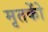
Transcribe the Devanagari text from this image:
मृतकोें